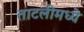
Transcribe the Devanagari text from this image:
ताटलीमध्ये